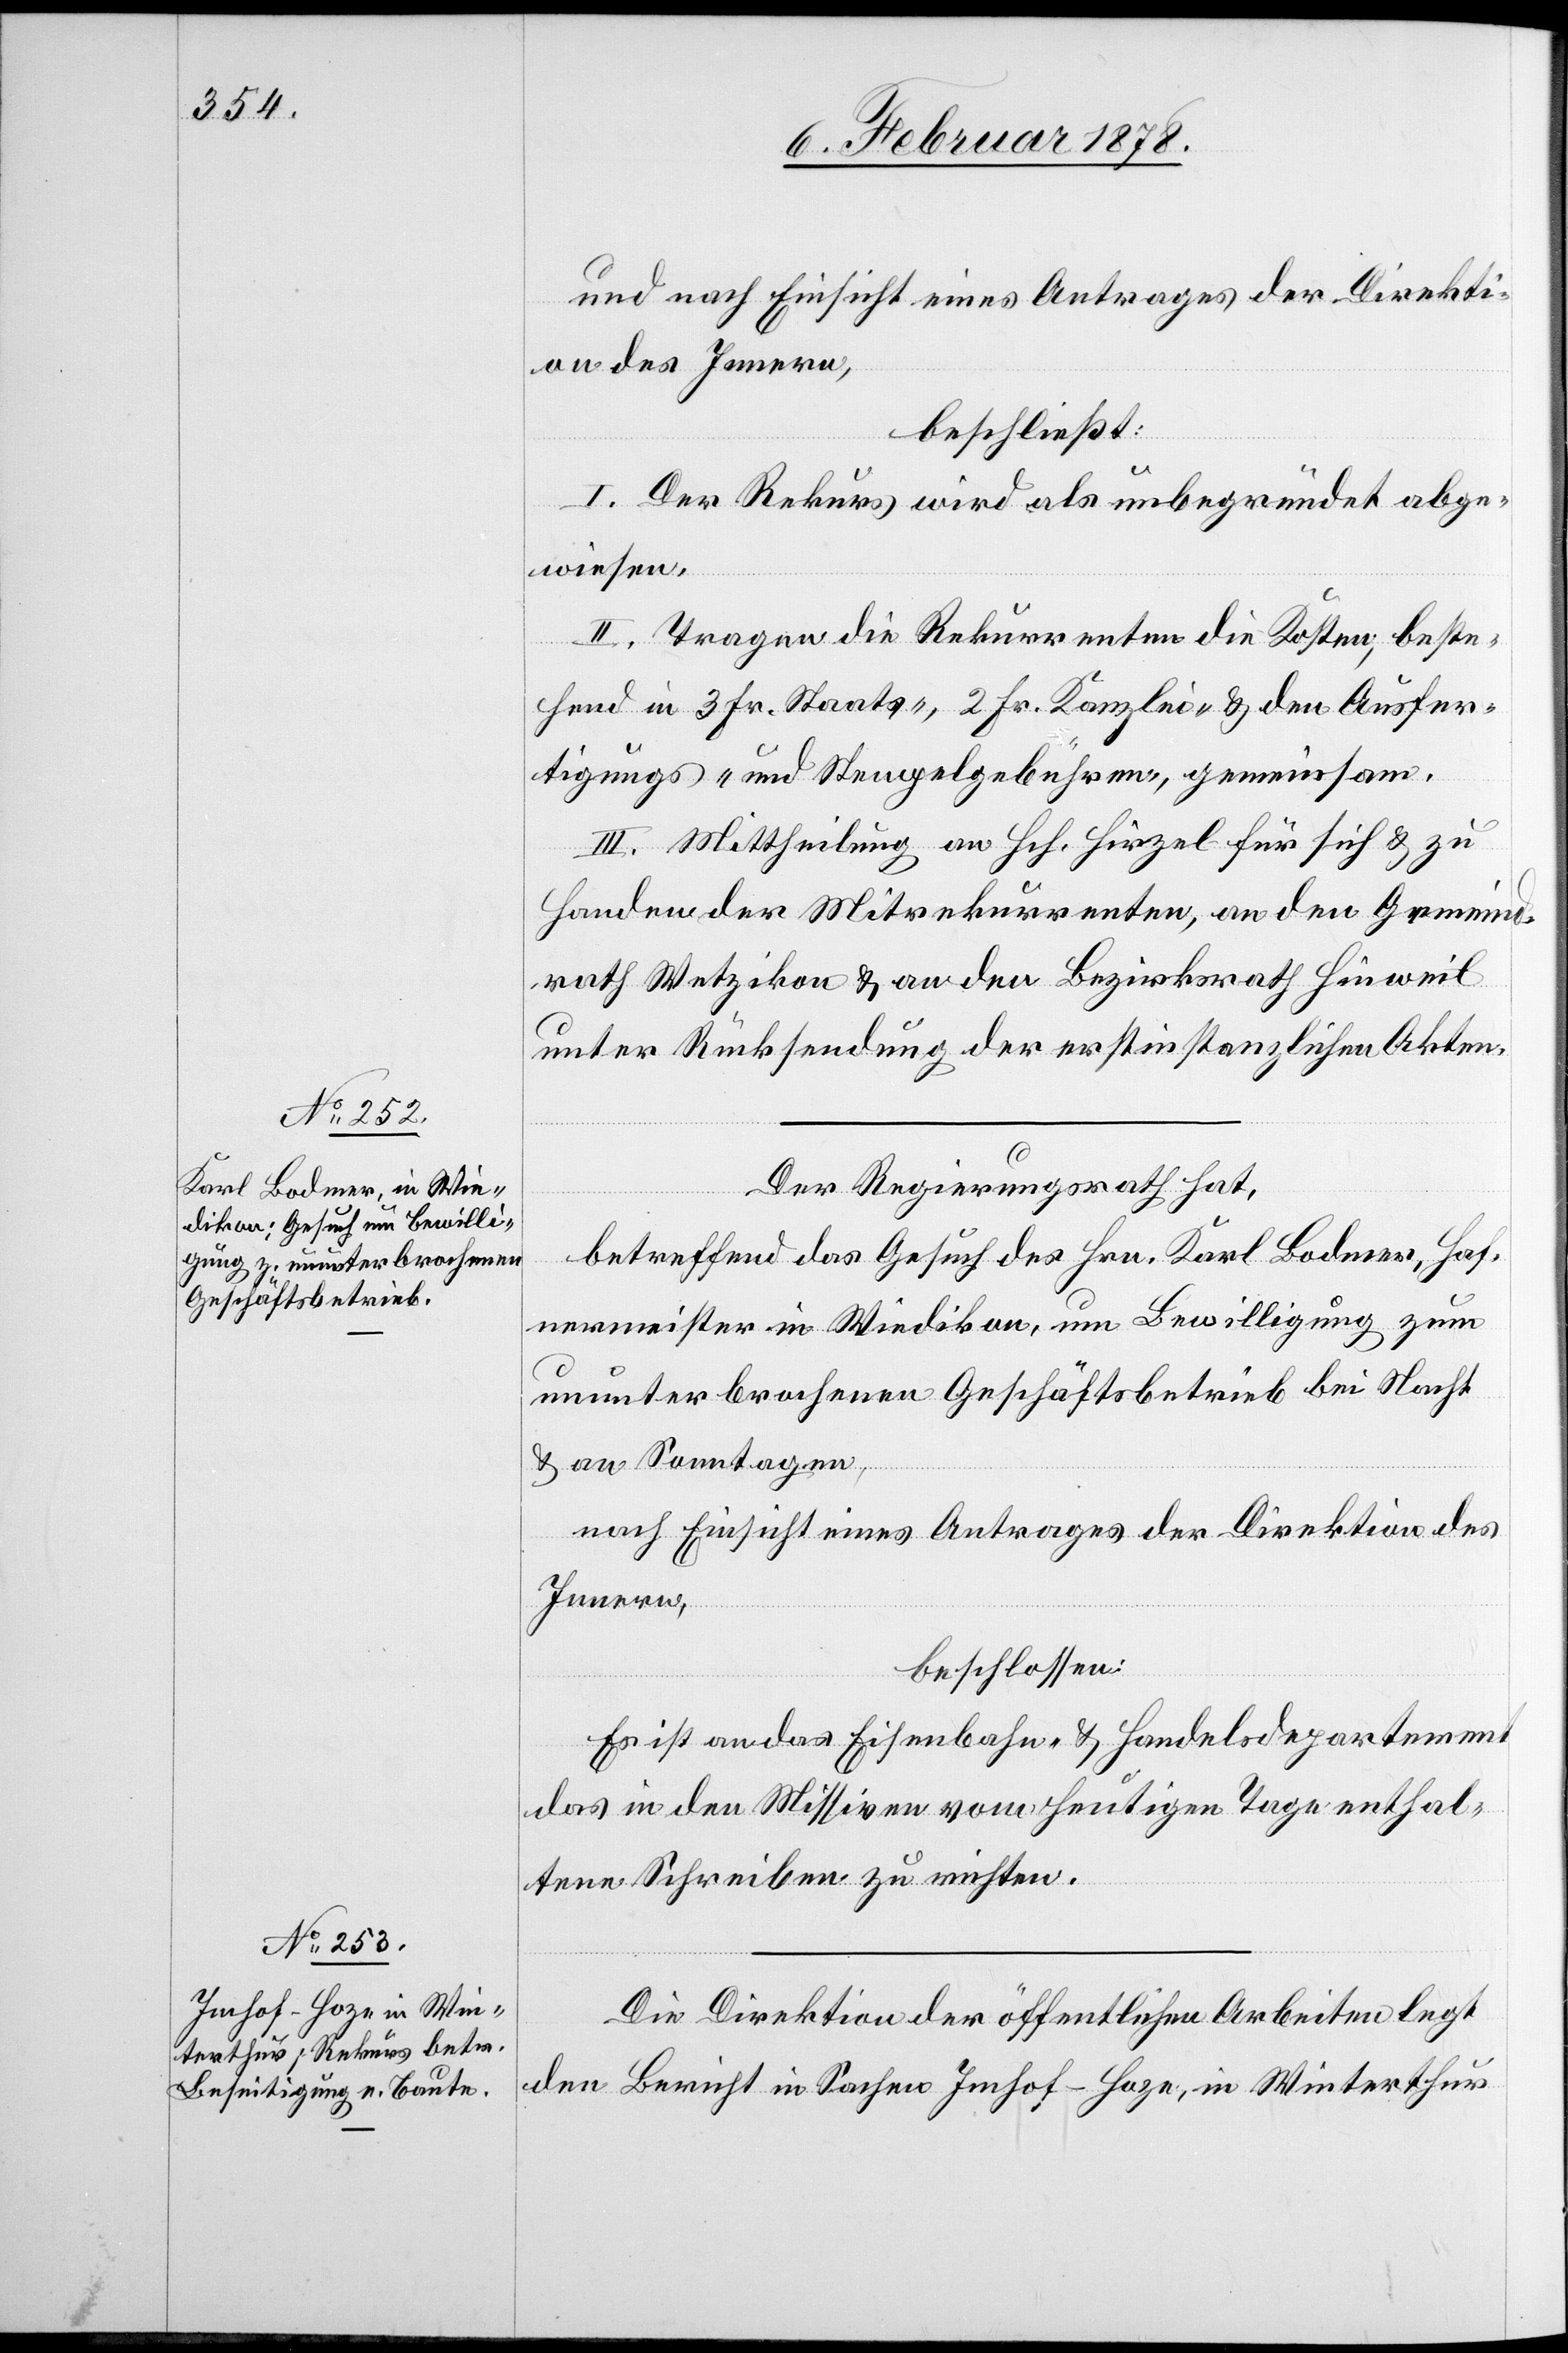
und nach Einsicht eines Antrages der Direkti¬
on des Innern,
beschließt:
I. Der Rekurs wird als unbegründet abge¬
wiesen.
II. Tragen die Rekurrenten die Kosten, beste¬
hend in 3 Fr. Staats-. 2 Fr. Kanzlei- & den Ausfer¬
tigungs- und Stempelgebühren, gemeinsam.
III. Mittheilung an Hch. Hirzel für sich & zu
Handen der Mitrekurrenten, an den Gemeind¬
rath Wetzikon & an den Bezirksrath Hinweil
unter Rücksendung der erstinstanzlichen Akten,
Der Regierungsrath hat,
betreffend das Gesuch des Hrn. Karl Bodmer, Haf¬
nermeister in Wiedikon, um Bewilligung zum
unterbrochenen Geschäftsbetrieb bei Nacht
& an Sonntagen,
nach Einsicht eines Antrages der Direktion des
Innern,
beschlossen:
Es ist an das Eisenbahn- & Handelsdepartement
das in den Missiven vom heutigen Tage enthal¬
tene Schreiben zu richten.
Die Direktion der öffentlichen Arbeiten legt
den Bericht in Sachen Imhof-Hoze, in Winterthur